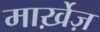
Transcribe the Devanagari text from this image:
मार्ख़ेज़